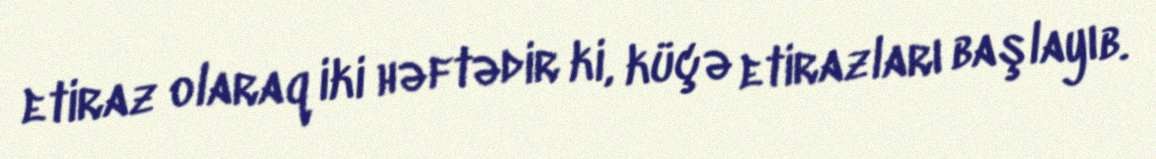
etiraz olaraq iki həftədir ki, küçə etirazları başlayıb.